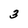
Character: 3